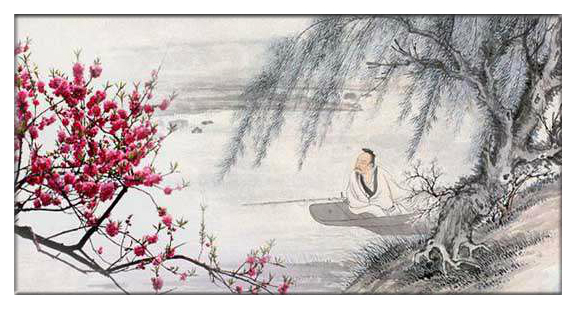
浪花有意千里雪，桃花无言一队春。